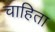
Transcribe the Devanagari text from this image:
चाहिता